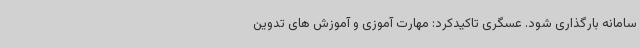
سامانه بارگذاری شود. عسگری تاکیدکرد: مهارت آموزی و آموزش های تدوین